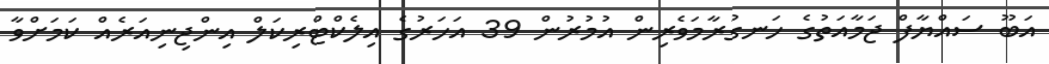
އަބޫ ސައްޔާފް ޖަމާއަތުގެ ހަނގުރާމަވެރިން އުމުރުން 39 އަހަރުގެ އިލެކްޓްރިކަލް އިންޖިނިއަރެއް ކަމަށްވާ